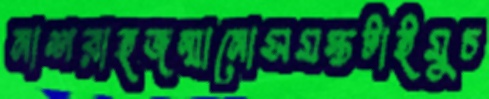
নাশরাহজন্মানোসমস্তটাইমুচ